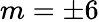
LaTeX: m=\pm 6